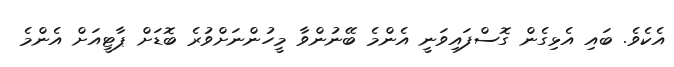
އެކެވެ. ބައި އެޅިގެން ގޮސްފައިވަނީ އެންމެ ބޭނުންވާ މީހުންނަށްވުރެ ބޮޑަށް ޕާޓީއަށް އެންމެ